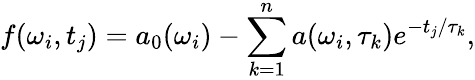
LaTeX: f(\omega_{i},t_{j})=a_{0}(\omega_{i})-\sum_{k=1}^{n}a(\omega_{i},\tau_{k})e^{-t_{j}/{\tau_{k}}},